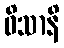
ဝိသာနိ